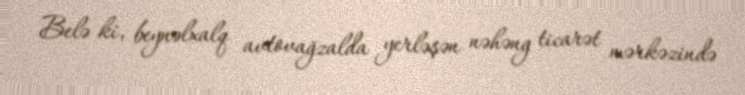
Belə ki, beynəlxalq avtovağzalda yerləşən nəhəng ticarət mərkəzində